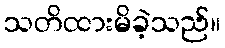
သတိထားမိခဲ့သည်။